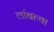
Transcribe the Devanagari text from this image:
लांबल्या